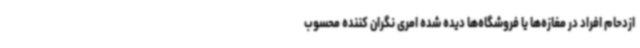
ازدحام افراد در مغازه‌ها یا فروشگاه‌ها دیده شده امری نگران کننده محسوب